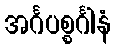
အင်္ဂပစ္စင်္ဂါနံ